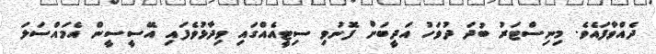
ދެއްވާފައެވެ. މިނިސްޓަރު ބުދަ ދުވަހު އަދީބަށް ފޮނުވި ސިޓީއެއްގައި ވިދާޅުވެފައި އޭސީސީން އެމައްސަލަ